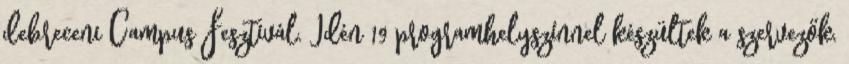
debreceni Campus Fesztivál. Idén 19 programhelyszínnel készültek a szervezők,